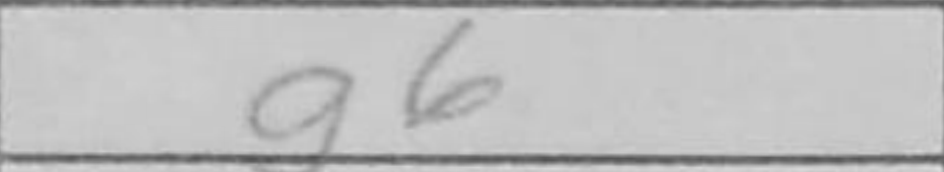
Transcription: g6